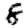
Digit: 8